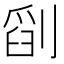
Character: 𠞞